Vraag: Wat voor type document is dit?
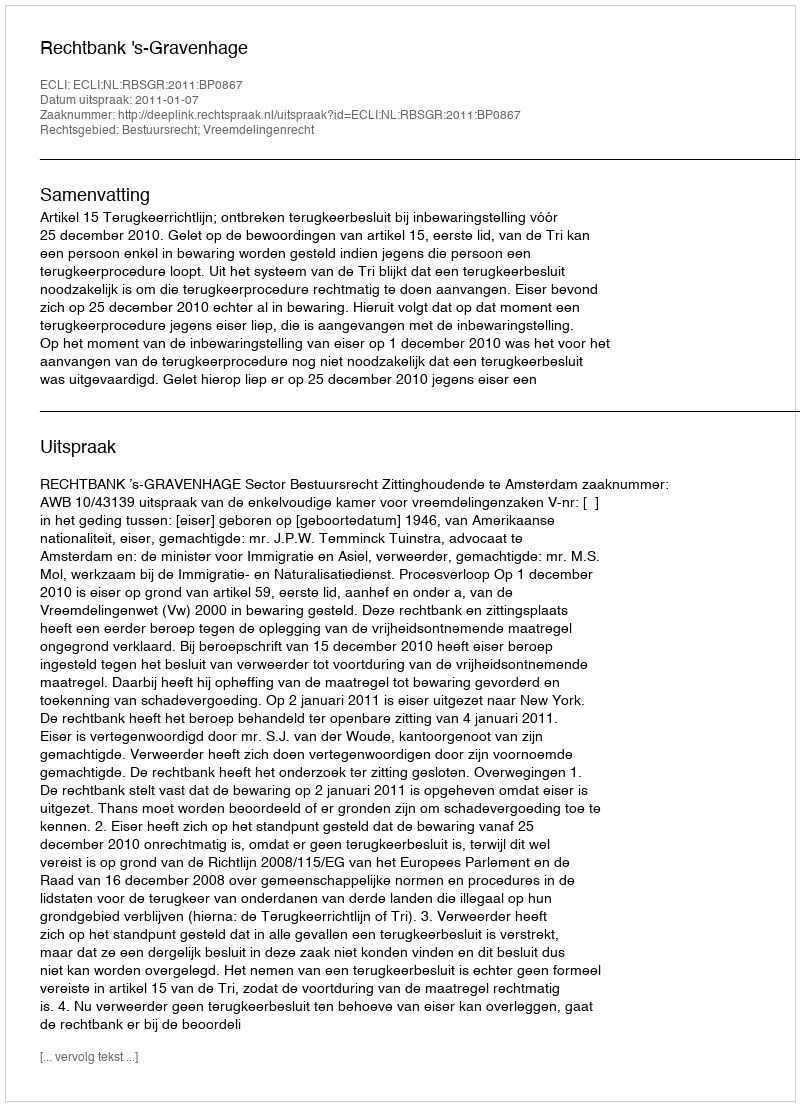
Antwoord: Uitspraak